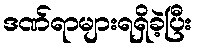
ဒဏ်ရာများရရှိခဲ့ပြီး